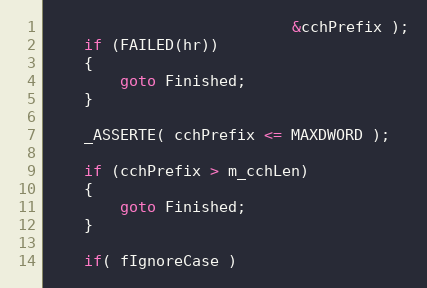
Language: C++
                           &cchPrefix );
    if (FAILED(hr))
    {
        goto Finished;
    }

    _ASSERTE( cchPrefix <= MAXDWORD );

    if (cchPrefix > m_cchLen)
    {
        goto Finished;
    }

    if( fIgnoreCase )